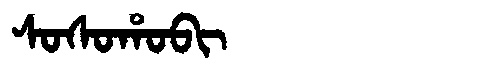
Manchu: ᠰᠣᠰᠣᡥᠣᠪᡳ
Romanization: SOSOHOBI